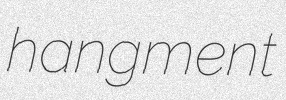
hangment